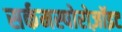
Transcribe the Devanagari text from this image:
सर्कमस्पोरोज़ॉइट